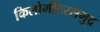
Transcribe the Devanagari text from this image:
किलोमीटरसमुद्र